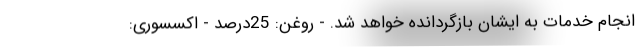
انجام خدمات به ایشان بازگردانده خواهد شد. - روغن: 25درصد - اکسسوری: